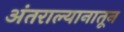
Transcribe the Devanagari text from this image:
अंतराल्यानातून